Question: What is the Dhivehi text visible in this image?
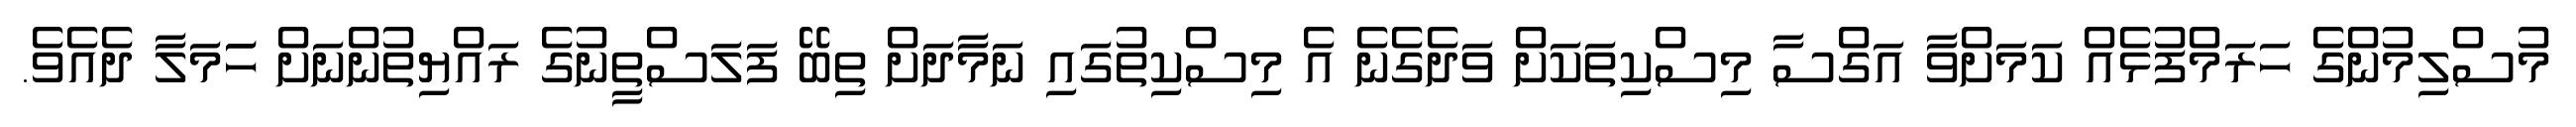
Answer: މުސްލިމުންގެ ހަރަމްފުޅެއް ކަމަށްވާ އަގްސާ މިސްކިތަކަށް ވަދެގެނެ އެ މިސްކިތުގައި ނަމާދަށް ތިބޭ ފަލަސްތީނުގެ ރައްޔިތުންނަށް ހަަމަލާ ދެއެވެ.